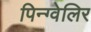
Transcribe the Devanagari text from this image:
पिन्ग्वेलिर